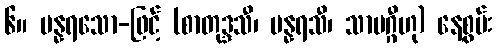
၆။ ပန္နရသော-ဖြင့် (စာတုဒ္ဒသီ၊ ပန္နရသီ၊ သာပဂ္ဂီဟု) နေ့စွမ်း